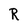
Character: R